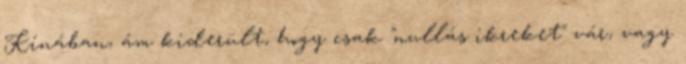
Kínában, ám kiderült, hogy csak "nullás ikreket" vár, vagy